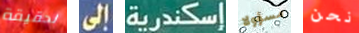
لحقيقة إلى إسكندرية مسؤولا نحن